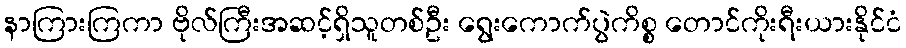
နာကြားကြကာ ဗိုလ်ကြီးအဆင့်ရှိသူတစ်ဦး ရွေးကောက်ပွဲကိစ္စ တောင်ကိုးရီးယားနိုင်ငံ